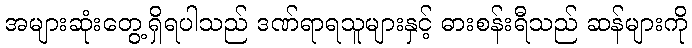
အများဆုံးတွေ့ရှိရပါသည် ဒဏ်ရာရသူများနှင့် ဓားစန်းရီသည် ဆန်များကို